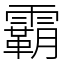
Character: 霸